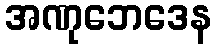
အဏုဘေဒေန